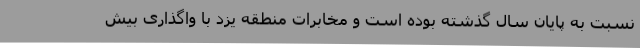
نسبت به پایان سال گذشته بوده است و مخابرات منطقه یزد با واگذاری بیش